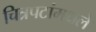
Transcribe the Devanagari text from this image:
चित्रपटांमधले